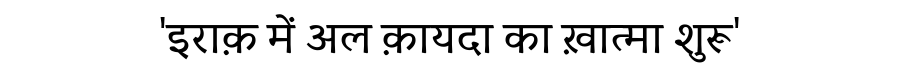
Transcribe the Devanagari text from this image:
'इराक़ में अल क़ायदा का ख़ात्मा शुरू'